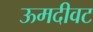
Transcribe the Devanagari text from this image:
ऊमदीवट